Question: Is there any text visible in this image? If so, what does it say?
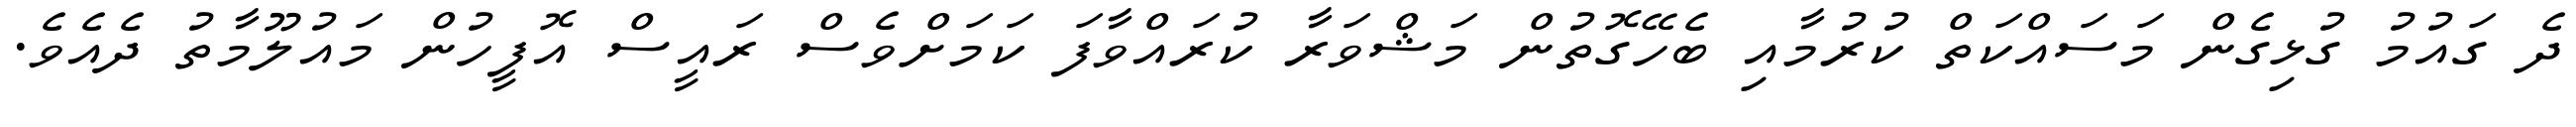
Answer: ދެ ގައުމު ގުޅިގެން މަސައްކަތް ކުރުމާއި ބެހޭގޮތުން މަޝްވަރާ ކުރައްވާފަ ކަމަށްވެސް ރައީސް އޮފީހުން މައުލޫމާތު ދެއެވެ.